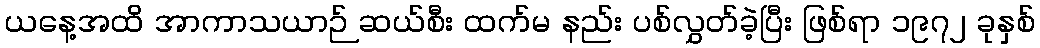
ယနေ့အထိ အာကာသယာဉ် ဆယ်စီး ထက်မ နည်း ပစ်လွှတ်ခဲ့ပြီး ဖြစ်ရာ ၁၉၇၂ ခုနှစ်